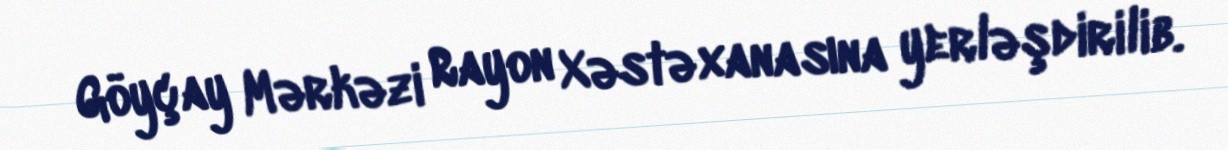
Göyçay Mərkəzi Rayon Xəstəxanasına yerləşdirilib.